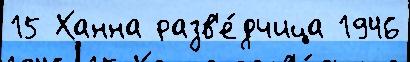
15 Ханна разв'е́дчица 1946